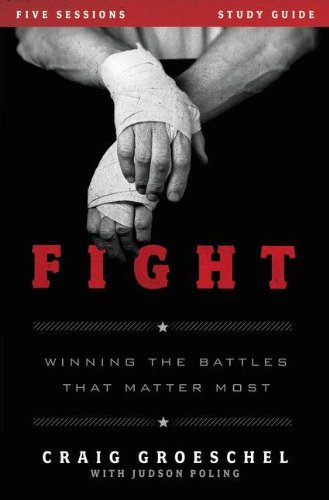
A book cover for Fight Study Guide: Winning the Battles That Matter Most; Craig Groeschel; Christian Books & Bibles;